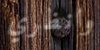
وانظري